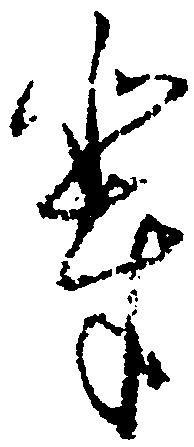
輩